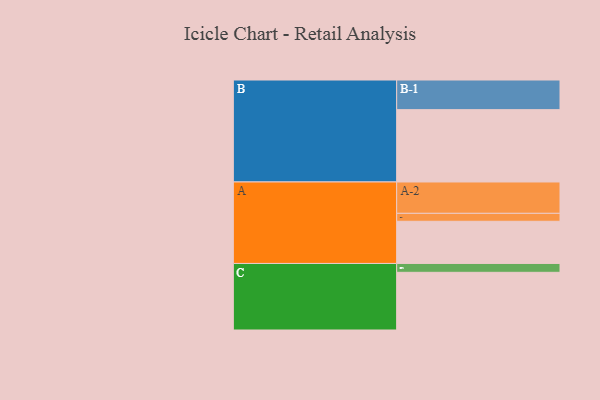
{"axis": {"x": "Segment", "y": "Value"}, "legend": ["", "A", "B", "C"], "data": [{"x": "A", "y": 319, "type": ""}, {"x": "B", "y": 547, "type": ""}, {"x": "C", "y": 436, "type": ""}, {"x": "A-1", "y": 60, "type": "A"}, {"x": "A-2", "y": 237, "type": "A"}, {"x": "B-1", "y": 224, "type": "B"}, {"x": "C-1", "y": 67, "type": "C"}]}